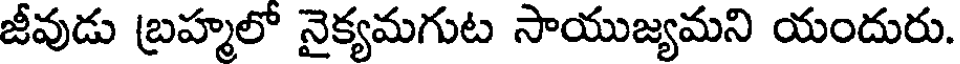
జీవుడు బ్రహ్మలో నైక్యమగుట సాయుజ్యమని యందురు.